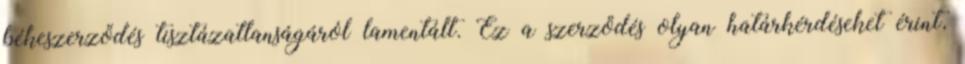
békeszerződés tisztázatlanságáról lamentált. Ez a szerződés olyan határkérdéseket érint,